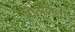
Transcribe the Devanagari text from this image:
गीतावाली